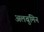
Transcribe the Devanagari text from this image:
अलबुमिन